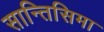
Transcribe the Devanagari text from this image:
सान्तिसिमा